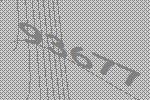
93677